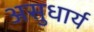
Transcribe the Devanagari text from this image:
असुधार्य